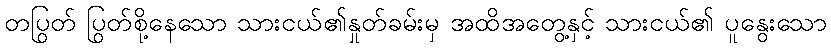
တပြွတ် ပြွတ်စို့နေသော သားငယ်၏နှုတ်ခမ်းမှ အထိအတွေ့နှင့် သားငယ်၏ ပူနွေးသော